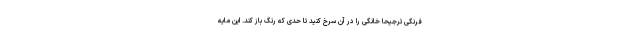
فرنگی ترجیحا خانگی را در آن سرخ کنید تا حدی که رنگ باز کند. این مایه